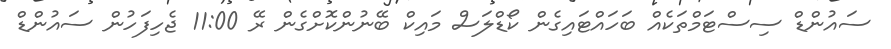
ސައުންޑް ސިސްޓަމްތަކެއް ބަހައްޓައިގެން ކޯޑްލަސް މައިކް ބޭނުންކޮށްގެން ރޭ 11:00 ޖެހިފަހުން ސައުންޑް